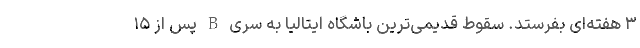
۳ هفته‌ای بفرستد. سقوط قدیمی‌ترین باشگاه ایتالیا به سری B پس از ۱۵